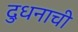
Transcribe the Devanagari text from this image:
दुधनाची